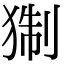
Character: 猘